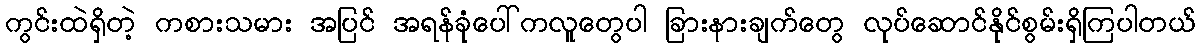
ကွင်းထဲရှိတဲ့ ကစားသမား အပြင် အရန်ခုံပေါ်ကလူတွေပါ ခြားနားချက်တွေ လုပ်ဆောင်နိုင်စွမ်းရှိကြပါတယ်